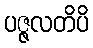
ပဇ္ဇလတိပိ